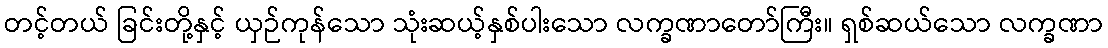
တင့်တယ် ခြင်းတို့နှင့် ယှဉ်ကုန်သော သုံးဆယ့်နှစ်ပါးသော လက္ခဏာတော်ကြီး။ ရှစ်ဆယ်သော လက္ခဏာ